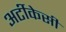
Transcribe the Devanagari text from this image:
अर्टीकेसी